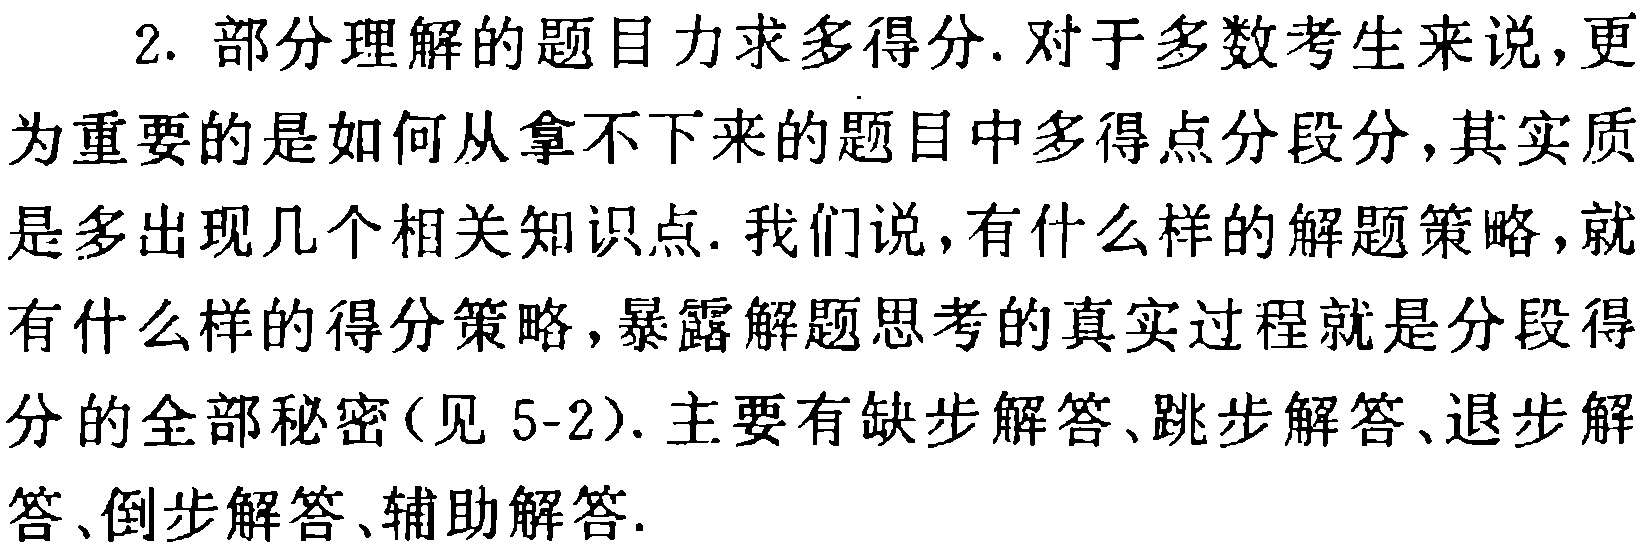
2. 部分理解的题目力求多得分. 对于多数考生来说, 更为重要的是如何从拿不下来的题目中多得点分段分, 其实质是多出现几个相关知识点. 我们说, 有什么样的解题策略, 就有什么样的得分策略, 暴露解题思考的真实过程就是分段得分的全部秘密(见 5-2). 主要有缺步解答、跳步解答、退步解答、倒步解答、辅助解答.